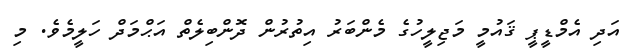
އަދި އެމްޑީޕީ ޤައުމީ މަޖިލީހުގެ މެންބަރު އިތުރުން ދޮންބިލެތް އަޙްމަދް ހަލީމެވެ. މި